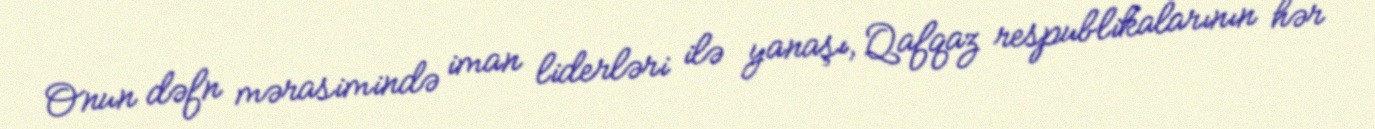
Onun dəfn mərasimində iman liderləri ilə yanaşı, Qafqaz respublikalarının hər